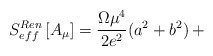
\begin{align*}S_{eff}^{Ren}\left[A_{\mu}\right] =\frac{\Omega{\mu}^4}{2e^2}(a^2+b^2)\,+\end{align*}